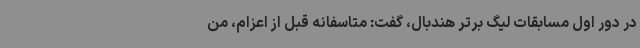
در دور اول مسابقات لیگ برتر هندبال، گفت: متاسفانه قبل از اعزام، من